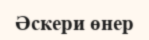
Әскери өнер